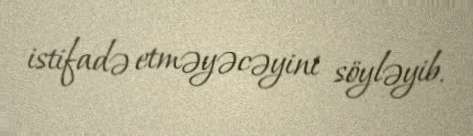
istifadə etməyəcəyini söyləyib.